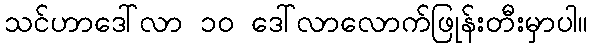
သင်ဟာဒေါ်လာ ၁၀ ဒေါ်လာလောက်ဖြုန်းတီးမှာပါ။